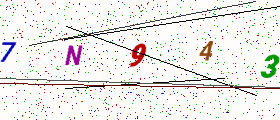
Text: 7N943